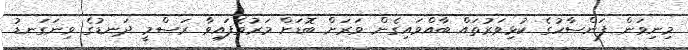
މިނިވަން ފަންސާހުގެ ކުޅިވަރުތައް ބާއްވައިގެން ވަރަށް ބޮޑަށް މަރުވެފައިވާ ރަސްމީ ދަނޑުގެ ވިނަގަނޑު